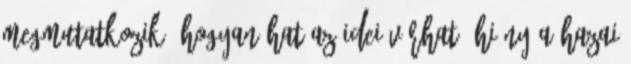
megmutatkozik. Hogyan hat az idei várható hiány a hazai